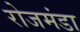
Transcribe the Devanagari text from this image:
रोजमंडा